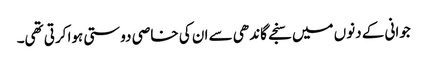
جوانی کے دنوں میں سنجے گاندھی سے ان کی خاصی دوستی ہوا کرتی تھی۔